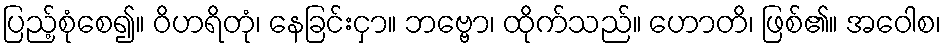
ပြည့်စုံစေ၍။ ဝိဟရိတုံ၊ နေခြင်းငှာ။ ဘဗ္ဗော၊ ထိုက်သည်။ ဟောတိ၊ ဖြစ်၏။ အဝေါစ၊